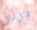
برنز